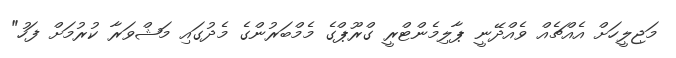
މަޖިލީހަށް އެއްޗެއް ވެއްދޭނީ ޕާލިމެންޓްރީ ގްރޫޕްގެ މެމްބަރުންގެ މެދުގައި މަޝްވަރާ ކުރުމަށް ފަހު"